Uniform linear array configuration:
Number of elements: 24
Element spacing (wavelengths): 0.25
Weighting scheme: uniform
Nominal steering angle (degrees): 0
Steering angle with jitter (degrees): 1.59
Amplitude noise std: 0.05
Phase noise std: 0.05

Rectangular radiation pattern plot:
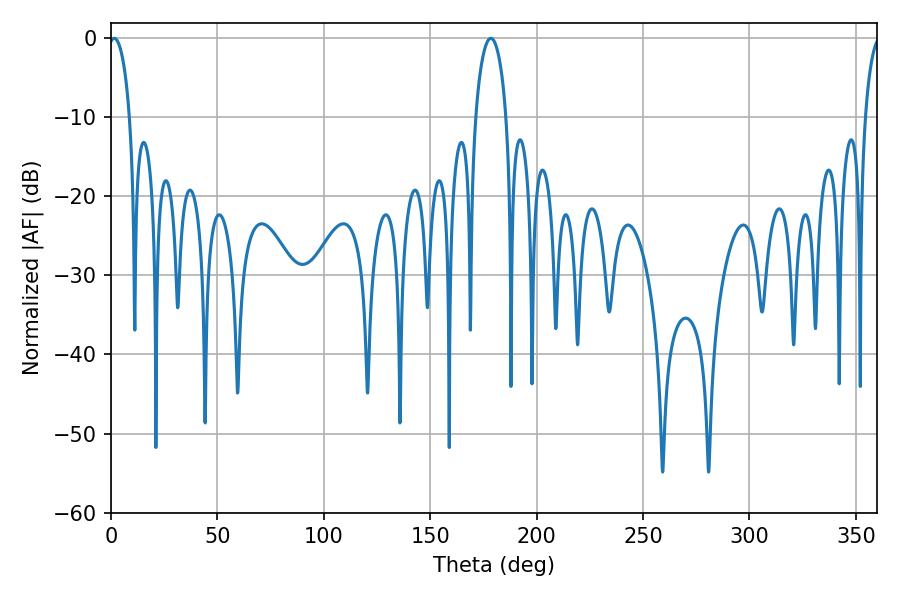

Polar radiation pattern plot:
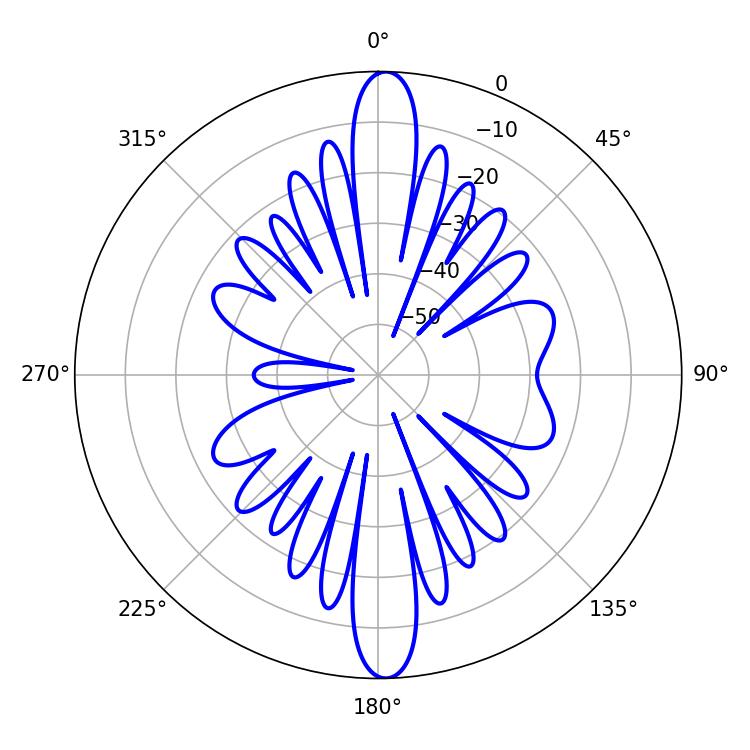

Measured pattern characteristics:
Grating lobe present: FALSE
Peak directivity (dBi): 23.042
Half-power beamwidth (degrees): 5.58
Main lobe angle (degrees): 1.44